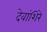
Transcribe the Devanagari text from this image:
देवांशिरे